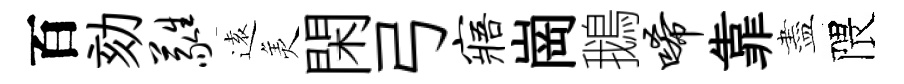
百劾蕤逺羙閑弓寤崗鵝唏靠盡隈